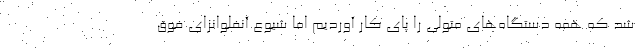
شد که همه دستگاه‌های متولی را پای کار آوردیم اما شیوع آنفلوانزای فوق